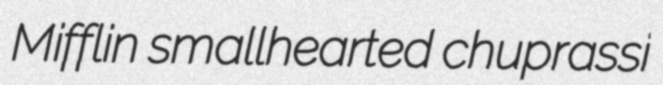
Mifflin smallhearted chuprassi